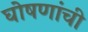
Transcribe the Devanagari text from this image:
घोषणांची